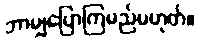
ဘာမျှပြောကြမည်မဟုတ်။